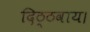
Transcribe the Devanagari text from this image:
दिठ्ठवाय।